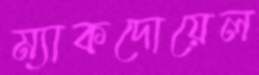
ম্যাকদোয়েল